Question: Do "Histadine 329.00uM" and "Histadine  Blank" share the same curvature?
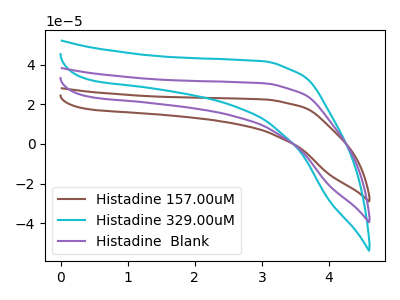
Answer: <think>The brown curve "Histadine 157.00uM" has no peaks. The cyan curve "Histadine 329.00uM" has no peaks. The purple curve "Histadine  Blank" has no peaks.
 Neither "Histadine 329.00uM" or "Histadine  Blank" have any peaks.</think>
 <answer>"Histadine 329.00uM" and "Histadine  Blank" are similar in shape.</answer>
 <eval>same_shape</eval>